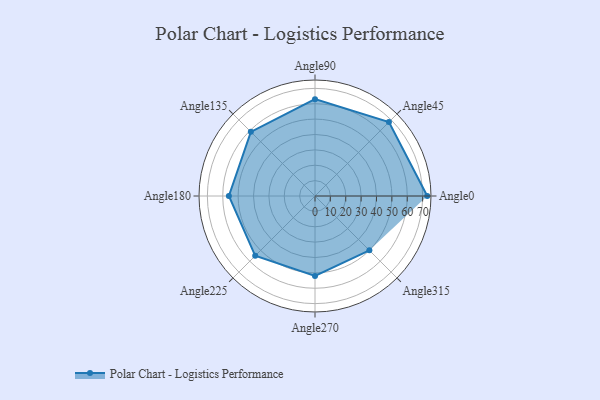
{"axis": {"x": "Angle", "y": "Radius"}, "legend": [""], "data": [{"x": "Angle0", "y": 73.0, "type": ""}, {"x": "Angle45", "y": 68.0, "type": ""}, {"x": "Angle90", "y": 63.0, "type": ""}, {"x": "Angle135", "y": 59.0, "type": ""}, {"x": "Angle180", "y": 56.0, "type": ""}, {"x": "Angle225", "y": 55.0, "type": ""}, {"x": "Angle270", "y": 52.0, "type": ""}, {"x": "Angle315", "y": 50, "type": ""}]}